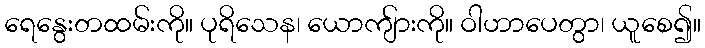
ရေနွေးတထမ်းကို။ ပုရိသေန၊ ယောကျ်ားကို။ ဝါဟာပေတွာ၊ ယူစေ၍။